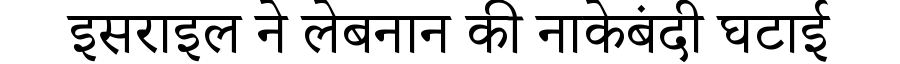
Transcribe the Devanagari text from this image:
इसराइल ने लेबनान की नाकेबंदी घटाई